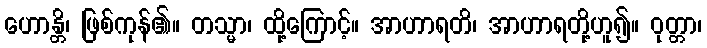
ဟောန္တိ၊ ဖြစ်ကုန်၏။ တသ္မာ၊ ထို့ကြောင့်။ အာဟာရတိ၊ အာဟာရတို့ဟူ၍။ ဝုတ္တာ၊